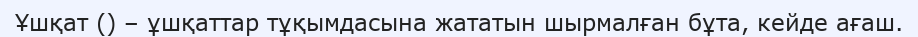
Ұшқат () – ұшқаттар тұқымдасына жататын шырмалған бұта, кейде ағаш.